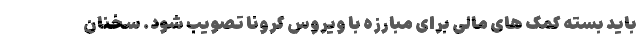
باید بسته کمک های مالی برای مبارزه با ویروس کرونا تصویب شود. سخنان